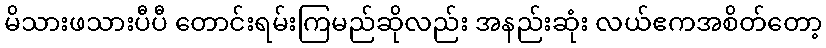
မိသားဖသားပီပီ တောင်းရမ်းကြမည်ဆိုလည်း အနည်းဆုံး လယ်ဧကအစိတ်တော့